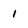
Character: 1